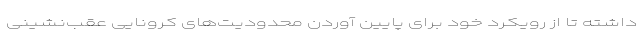
داشته تا از رویکرد خود برای پایین آوردن محدودیت‌های کرونایی عقب‌نشینی